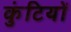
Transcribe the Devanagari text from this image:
कुंटियों